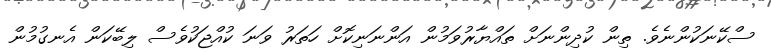
ސްކޭނަކުންނެވެ. ތިން ކުދިންނަށް ތައްޔާރުވަމުން އަންނަނިކޮށް ހަތަރު ވަނަ ކުއްޖަކުވެސް ލިބޭކަން އެނގުމުން